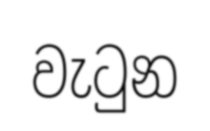
වැටුන